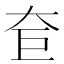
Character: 奆